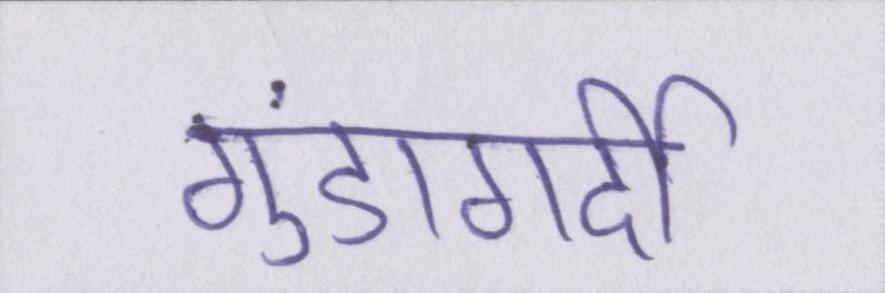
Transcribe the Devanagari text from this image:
गुंडागर्दी